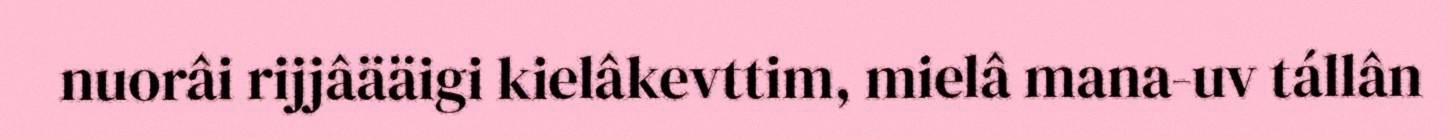
nuorâi rijjâääigi kielâkevttim, mielâ mana-uv tállân